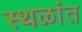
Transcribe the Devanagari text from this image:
स्थळांत